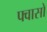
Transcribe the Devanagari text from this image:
फ्वासो